Vital statistics of India. Vol. IV, Annual returns from 1871 to 1876. British Army of India, Native Army and jails of Bengal
Year: 1871
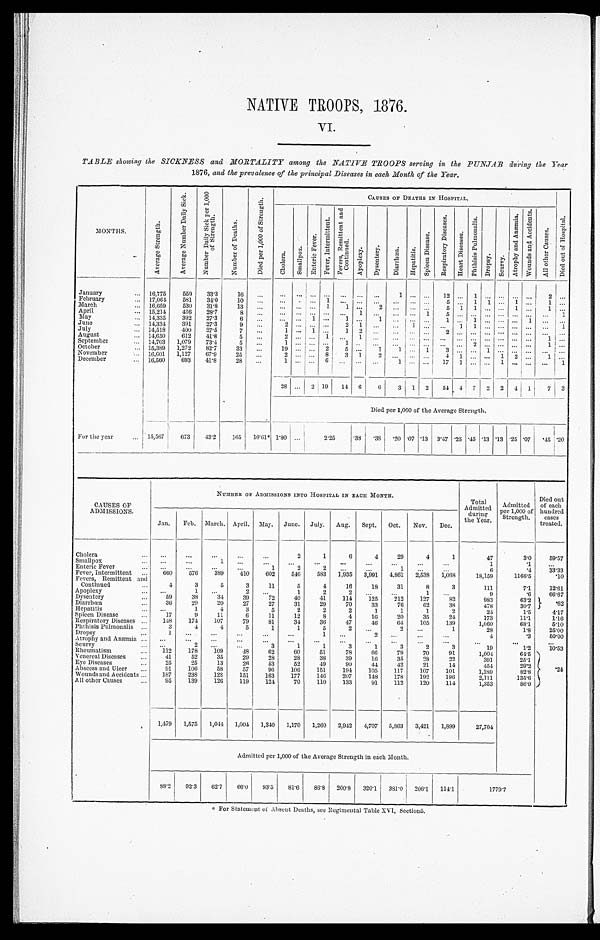
NATIVE TROOPS, 1876.
VI.
TABLE showing the SICKNESS and MORTALITY among the NATIVE TROOPS serving in the PUNJAB during the Year
1876, and the prevalence of the principal Diseases in each Month of the Year.
MONTHS.
A v e r a g e S t r e n g t h .
A v e r a g e N u m b e r D a i l y S i c k .
N u m b e r D a i l y S i c k p e r 1 , 0 0 0
o f S t r e n g t h .
N u m b e r o f D e a t h s .
D i e d p e r 1 , 0 0 0 o f S t r e n g t h .
CAUSES OF DEATHS IN HOSPITAL.
D i e d o u t o f H o s p i t a l .
C h o l e r a .
S m a l l p o x .
E n t e r i c F e v e r .
F e v e r , I n t e r m i t t e n t .
F e v e r s , R e m i t t e n t a n d
C o n t i n u e d .
A p o p l e x y .
D y s e n t e r y .
D i a r r h œ a . H e p a t i t i s .
S p l e e n D i s e a s e .
R e s p i r a t o r y D i s e a s e s .
H e a r t D i s e a s e s .
P h t h i s i s P u l m o n a l i s .
D r o p s y . S c u r v y .
A t r o p h y a n d A n æ m i a . W o u n d s a n d A c c i d e n t s .
A l l o t h e r C a u s e s .
January
16,775 559 33.3 16
1
12
1
2
February
17,064 581 34.0 10
1
5
1 1
1
1
March
16,659 530 31.8 13
1 1
2
5 1 1
1
1
April
15,214 436 28.7
8
1
1
5
1
May
14,335 392 27.3 6
1
1
1
1
1
1
June
14,334 391 27.3
9
2
2 1
1
1 1
1
July
14,518 400 27.5 7
1
1
1 2
2
August
14,650 612 41.8
5
2
1
1
1
September
14,703 1,079 73.4
5
1
1
2
1
October
15,389 1,272 82.7 33
19
2 5
1 1
1
3
1
November
16,601 1,127 67.9 25
2
8 3 1 2
4 1
1 2
1
December
16,560 693 41.8 28
1
6
1
1 7 1
1
1
28
2 19 14 6 6 3 1 2 54 4 7 2 2 4 1 7 3
Died per 1,000 of the Average Strength.
For the year 15,567 673 43.2 165 10.61* 1. 80
2.25 .38 .38 . 20 .07 .13 3.47 .25 .45 .13 .13 .25 .07 . 45.20
CAUSES OF
ADMISSIONS.
N U M B E R O F A D M I S S I O N S I N T O H O S P I T A L I N E A C H M O N T H .
Total
Admitted during
the Year.
Admitted
per 1,000 of
Strength.
Died out
of each
hundred cases
treated.
Jan. Feb. March. April. May. June. July. Aug. Sept. Oct. Nov. Dec.
Cholera
2
1
6
4 29
4
1
47
3.0 5 9 . 5 7
Smallpox
1
1
.1
Enteric Fever
1
2
2
1
6
.4 33.33
Fever, Intermittent
660 576 389 410 602 546 583 1,935 3,991 4,861 2,538 1,068
18,159
1166.5
.10
Fevers, Remittent and
Continued
4
3
5
3 11
5
4 16 18 31
8
3
111
7.1 1 2 . 6 1
Apoplexy
1
2
1
2
2
1
9
.6 6 6 . 6 7
Dysentery
59 38 34 39 72 40 41 114 125 212 127 82
983
63.2
.62
Diarrhœa
36 29 20 27 27 31 29 70 33 76 62 38
478
30.7
Hepatitis
1
4
3
5
2
2
2
1
1
1
2
24
1.5 4 . 1 7
Spleen Disease
17
9 11
6 11 12
8
4 16 20 35 24
173
11.1 1 . 1 6
Respiratory Diseases
148 174 107 79 81 34 36 47 46 64 105 139
1,060
68.1 5 . 1 0
Phthisis Pulmonalis 3
4
4
5
1
1
5
2
2
1
28
1.8 2 5 . 0 0
Dropsy
1
1
2
4
.3
5 0 . 0 0
Atrophy and Anæmia
Scurvy
2
3
1
1
3
1
3
2
3
19
1.2 1 0 . 5 3
Rheumatism
1 1 2 178 109 48 62 60 51 78 66 79 70 91
1,004
64.5
.24
Venereal Diseases
41 52 35 29 28 28 38 39 16 35 28 22
391
25.1
Eye Diseases
2 5 25 13 26 53 52 49 90 44 42 21 14
454
29.2
Abscess and Ulcer
91 106 58 57 96 106 151 194 105 117 107 101
1,289
82.8
Wounds and Accidents
187 238 128 151 163 177 146 207 148 178 192 196
2,111
135.6
All other Causes
9 5
139 126 119 124 70 110 133 91 112 120 114
1,353
86.9
1,479 1,575 1,044 1,004 1,340 1,170 1,260 2,942 4,707 5,863 3,421 1,899
27,704
Admitted per 1,000 of the Average Strength in each Month.
88.2 92.3 62.7 66.0 93.5 81.6 86.8 200.8 320.1 381.0 206.1 114.1
1 7 7 9 . 7
* F o r S t a t e m e n t o f A b s e n t D e a t h s , s e e R e g i m e n t a l T a b l e X V I , S e c t i o n 5 .